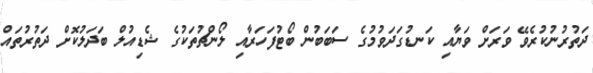
ދަތުރުނުކުރެވޭ ވަރަށް ވަޔާއި ކަނޑުގަދަވުމުގެ ސަބަބުން ބޯޓުފަހަރާއި ލޯންޗުތަކުގެ ޝެޑިއުލް ބަދަލުކޮށް ދަތުރުތައް